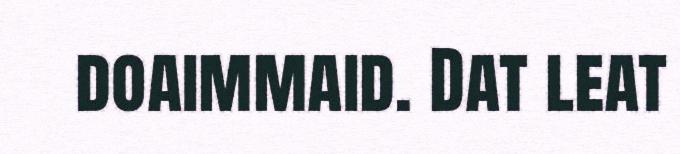
doaimmaid. Dat leat